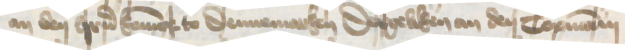
an den herrn Koningk to Dennemarken Dergeliken an den Copmanni